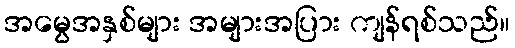
အမွေအနှစ်များ အများအပြား ကျန်ရစ်သည်။